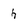
Character: h